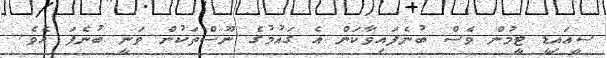
ސީއައިޑީ ޓީމުން ވެސް ބުނެފައިވާކަން އެ ގައުމުގެ ނޫސްތަކުން ވަނީ ބުނެފަ އެވެ.